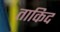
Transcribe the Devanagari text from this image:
ताकिद